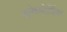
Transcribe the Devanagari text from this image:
श्लेष्मोर्णिक